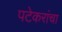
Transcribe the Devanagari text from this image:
पटेकरांचा